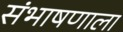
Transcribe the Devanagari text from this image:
संभाषणाला